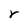
Character: r